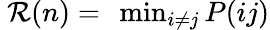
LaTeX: \begin{array}{r}{\ \mathcal{R}(n)=\ \operatorname*{min}_{i\neq j}P(ij)}\end{array}